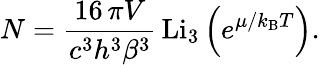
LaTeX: N={\frac{16\, \pi V}{c^{3}h^{3}\beta^{3}}}\, \mathrm{Li}_{3}\left(e^{\mu/k_{\mathrm{{B}}}T}\right).